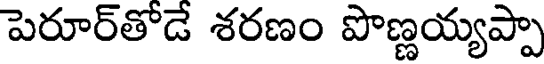
పెరూర్తోడే శరణం పొణ్ణయ్యప్పా